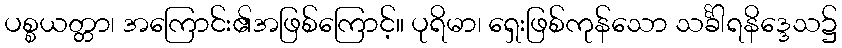
ပစ္စယတ္တာ၊ အကြောင်း၏အဖြစ်ကြောင့်။ ပုရိမာ၊ ရှေးဖြစ်ကုန်သော သင်္ခါရနိဒ္ဒေသ၌